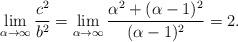
LaTeX: \begin{align*}\lim_{\alpha \to \infty} \frac{c^2}{b^2}=\lim_{\alpha \to \infty} \frac{\alpha^2+(\alpha-1)^2}{(\alpha-1)^2}=2.\end{align*}